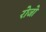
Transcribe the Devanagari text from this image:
रोजो